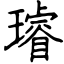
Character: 璿